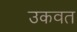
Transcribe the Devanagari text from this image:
उकवत